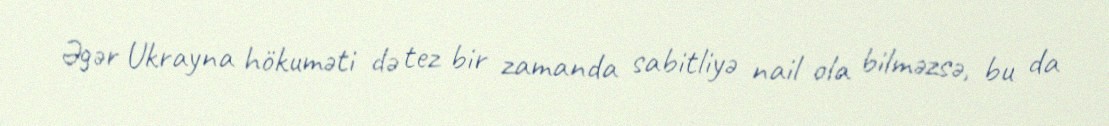
Əgər Ukrayna hökuməti də tez bir zamanda sabitliyə nail ola bilməzsə, bu da